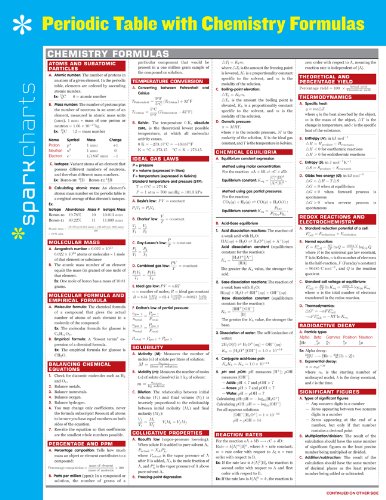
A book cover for Periodic Table with Chemistry Formulas SparkCharts; SparkNotes; Science & Math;